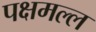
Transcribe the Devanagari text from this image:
पक्षमल्ल